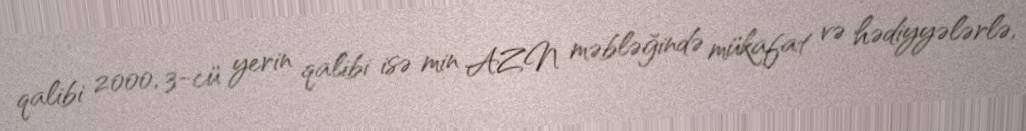
qalibi 2000, 3-cü yerin qalibi isə min AZN məbləğində mükafat və hədiyyələrlə,